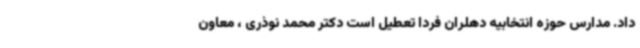
داد. مدارس حوزه انتخابیه دهلران فردا تعطیل است دکتر محمد نوذری ، معاون